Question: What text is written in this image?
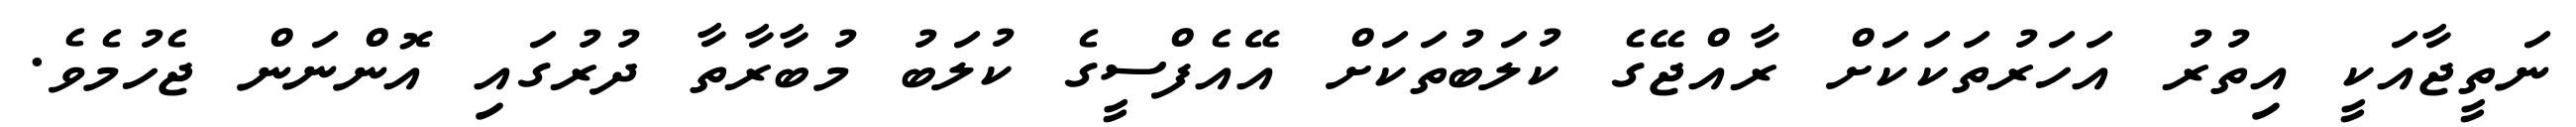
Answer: ނަތީޖާއަކީ އިތުރު އަހަރުތަކަކަށް ރާއްޖޭގެ ކުލަބުތަކަށް އޭއެފްސީގެ ކުލަބު މުބާރާތާ ދުރުގައި އޮންނަން ޖެހުމެވެ.